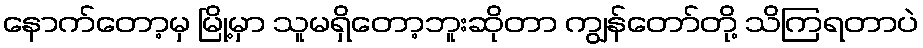
နောက်တော့မှ မြို့မှာ သူမရှိတော့ဘူးဆိုတာ ကျွန်တော်တို့ သိကြရတာပဲ